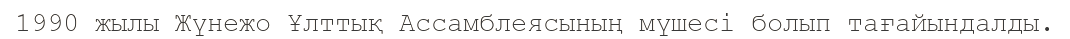
1990 жылы Жүнежо Ұлттық Ассамблеясының мүшесі болып тағайындалды.